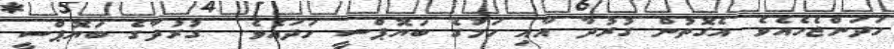
ހަދަންޖެހެއެވެ. އެގޮތުން ގުރުދާ އާއި ހަމުގެ ބަޔޮޕްސީ ހަދައެވެ.  ގުރުދާގެ ބަޔޮޕްސީ